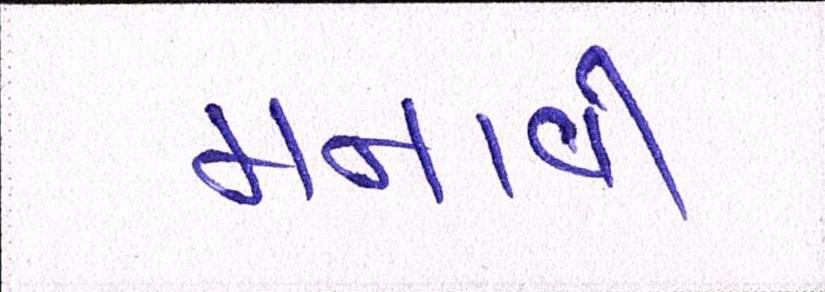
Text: મનાવી